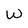
Character: W